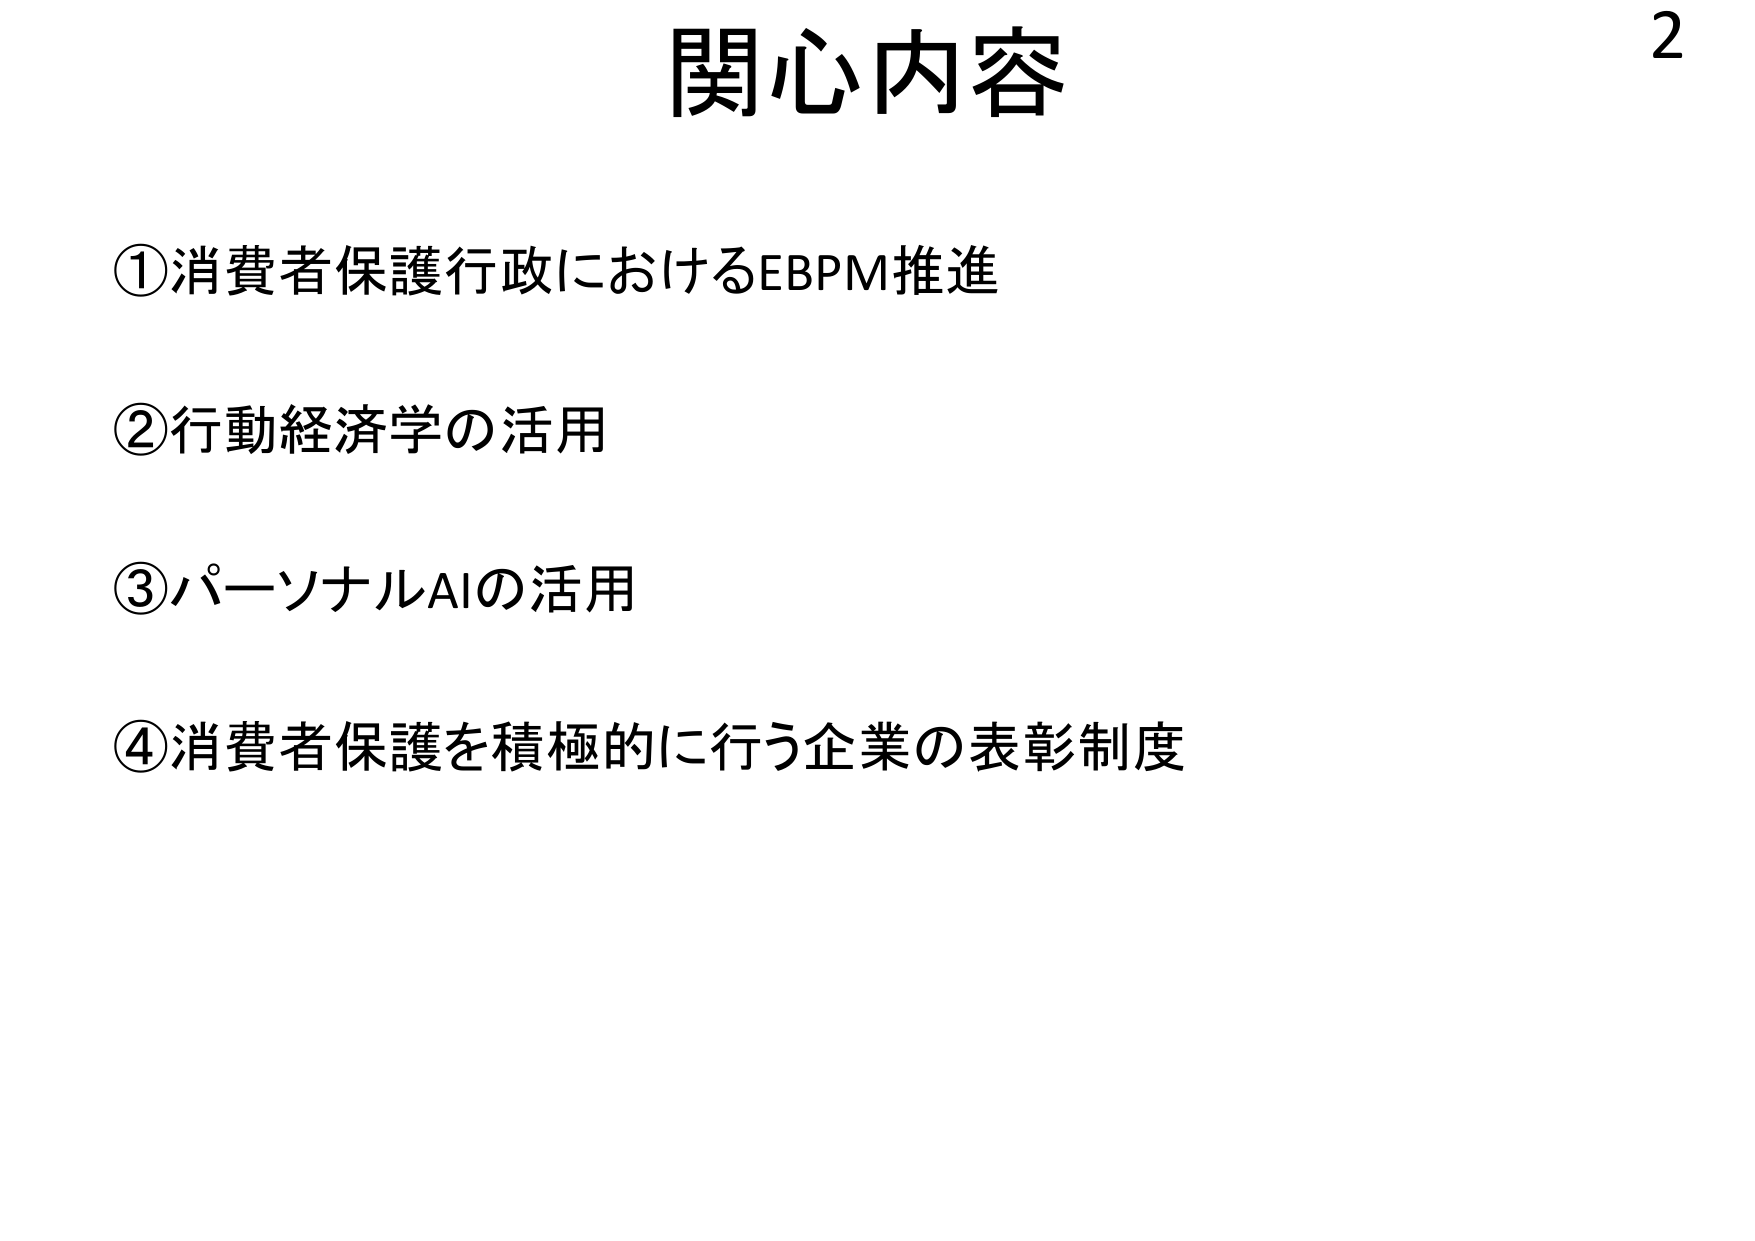
関心内容

①消費者保護行政におけるEBPM推進

②行動経済学の活用

③パーソナルAIの活用

④消費者保護を積極的に行う企業の表彰制度

2